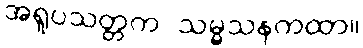
အရူပသတ္တက သမ္မသနကထာ။